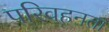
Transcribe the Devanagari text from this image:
परिवहनता